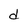
Character: d